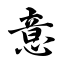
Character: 意